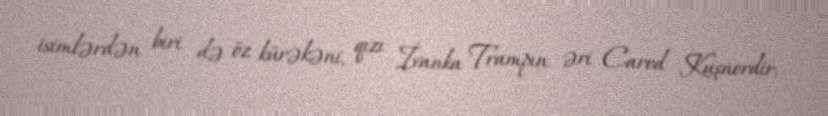
isimlərdən biri də öz kürəkəni, qızı İvanka Trampın əri Cared Kuşnerdir.